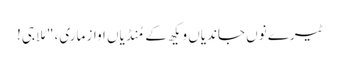
ٹیرے نوں جاندیاں ویکھ کے مُنڈیاں اواز ماری، "مُلا جی!